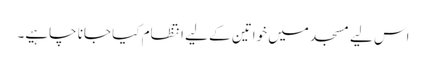
اس لیے مسجد میں خواتین کے لیے انتظام کیا جانا چاہیے۔